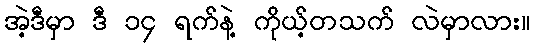
အဲ့ဒီမှာ ဒီ ၁၄ ရက်နဲ့ ကိုယ့်တသက် လဲမှာလား။